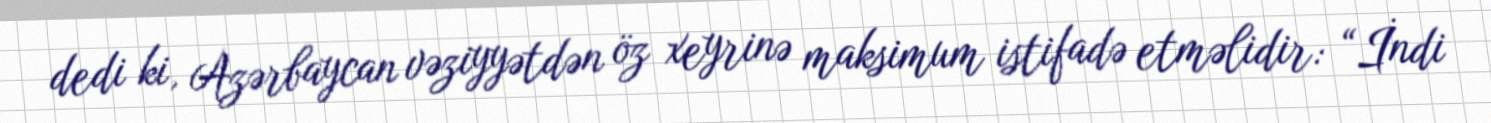
dedi ki, Azərbaycan vəziyyətdən öz xeyrinə maksimum istifadə etməlidir: “İndi